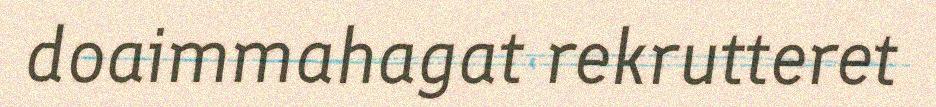
doaimmahagat rekrutteret